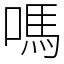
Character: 嗎